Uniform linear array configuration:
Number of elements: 4
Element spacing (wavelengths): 0.75
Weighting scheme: hamming
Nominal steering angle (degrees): -60
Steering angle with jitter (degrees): -60.688
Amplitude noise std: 0.05
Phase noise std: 0.05

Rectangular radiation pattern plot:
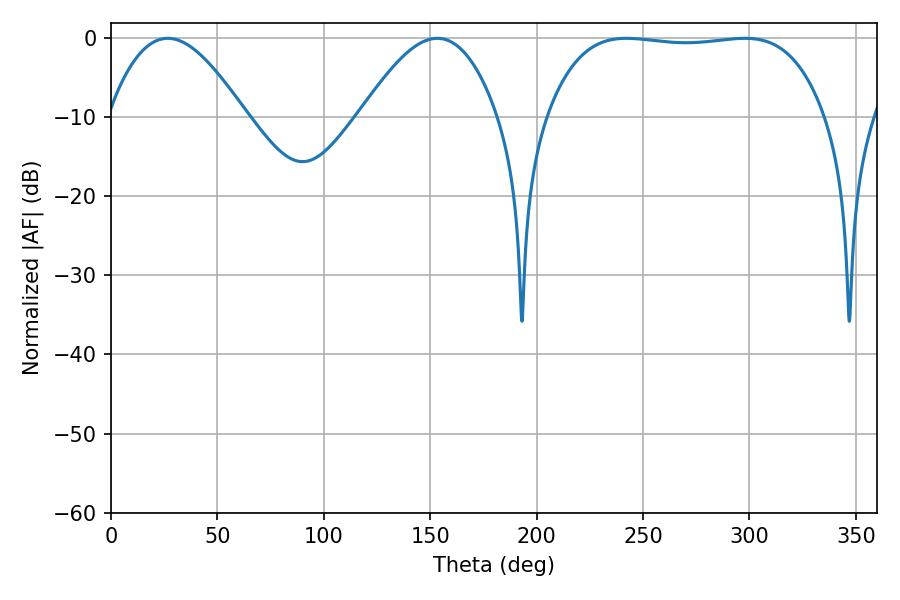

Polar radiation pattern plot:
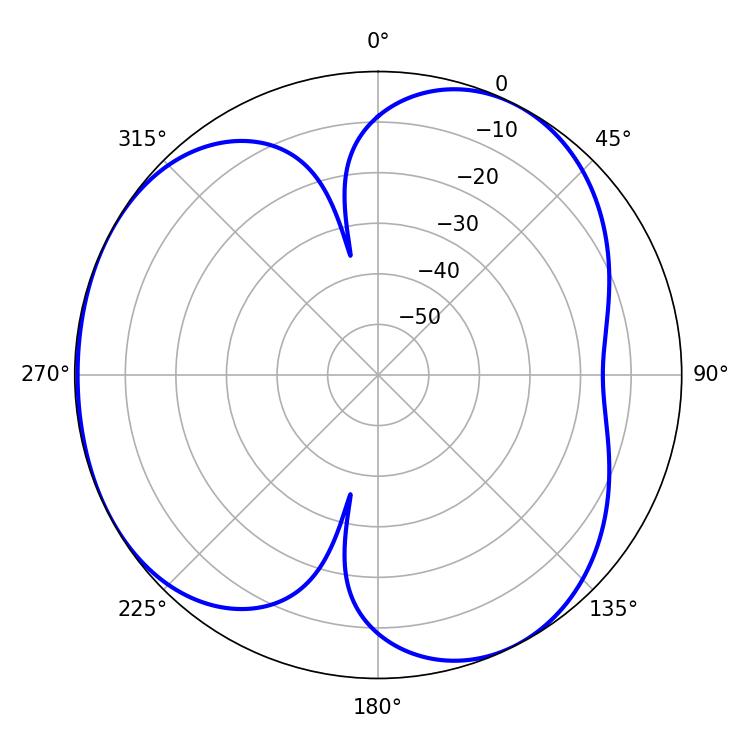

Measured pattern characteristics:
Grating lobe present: TRUE
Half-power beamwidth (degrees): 34.74
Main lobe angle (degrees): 26.64